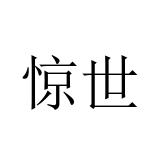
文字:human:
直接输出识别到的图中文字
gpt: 惊世